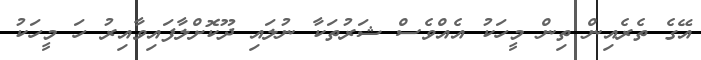
އޭގެ ތެރެއިން ތިން މީހަކު އެއްވެސް ޝަރުތަކާ ނުލައި ދޫކޮށްލާފައިވާއިރު ހަ މީހަކު